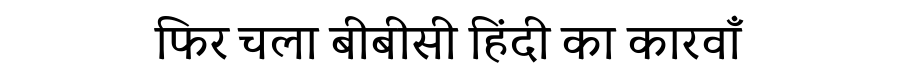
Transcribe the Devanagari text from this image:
फिर चला बीबीसी हिंदी का कारवाँ